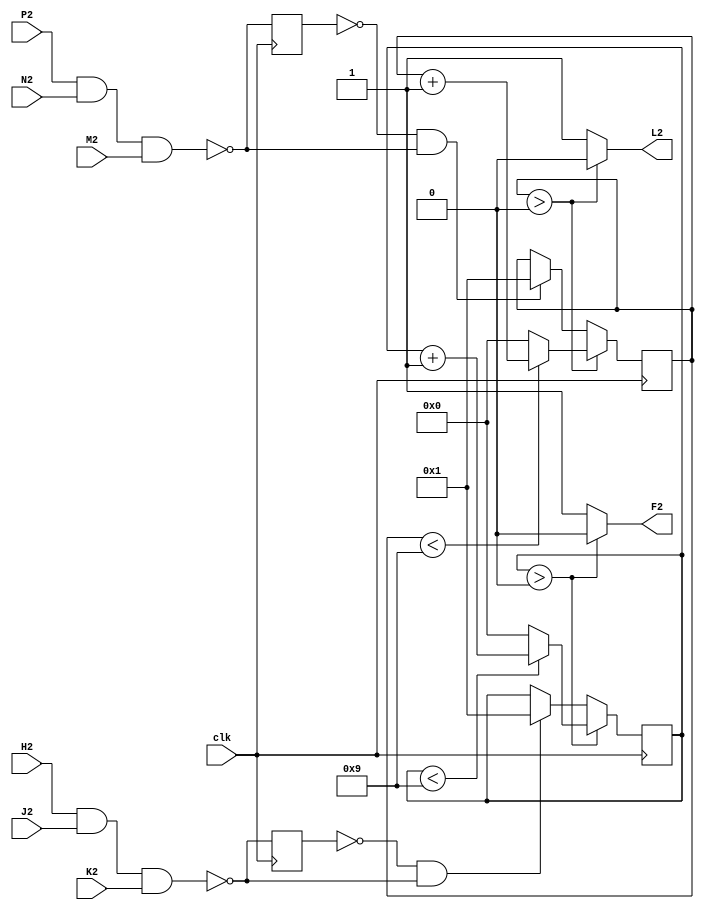
// M602 - Pulse Amplifier
// Kyle Owen - 10 March 2021

module m602 (
	clk, // 100 MHz
	//A2,  // +5V
	//B2,
	//C2,  // ground
	//D2,
	//E2,
	F2,
	H2,
	J2,
	K2,
	L2,
	M2,
	N2,
	P2
	//R2,
	//S2,
	//T2,
	//U2,
	//V2
	);
// power and ground
//inout A2, C2; 

// main inputs
input clk, J2, K2, H2, P2, N2, M2;

// main outputs
output F2, L2;

wire en1 = !(H2 & J2 & K2);
wire en2 = !(P2 & N2 & M2);

reg old_en1, old_en2;
// delay counters for pulse duration
reg [3:0] pulse_delay1;
reg [3:0] pulse_delay2;

// output a pulse while the delay counter is greater than zero
assign F2 = (pulse_delay1 > 0) ? 1'b0 : 1'b1;
assign L2 = (pulse_delay2 > 0) ? 1'b0 : 1'b1;

always @(posedge clk) begin
    old_en1 <= en1;
    old_en2 <= en2;

	if (pulse_delay1 > 0) begin
		if (pulse_delay1 < 'd9) pulse_delay1 <= pulse_delay1 + 'b1;
		else pulse_delay1 <= 0;
	end else if (!old_en1 && en1) pulse_delay1 <= 'b1;

	if (pulse_delay2 > 0) begin
		if (pulse_delay2 < 'd9) pulse_delay2 <= pulse_delay2 + 'b1;
		else pulse_delay2 <= 0;
	end else if (!old_en2 && en2) pulse_delay2 <= 'b1;
end
endmodule